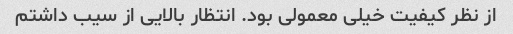
از نظر کیفیت خیلی معمولی بود. انتظار بالایی از سیب داشتم